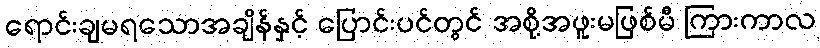
ရောင်းချမရသောအချိန်နှင့် ပြောင်းပင်တွင် အစို့အဖူးမဖြစ်မီ ကြားကာလ